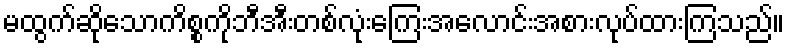
မထွက်ဆိုသောကိစ္စကိုဘီအီးတစ်လုံးကြေးအလောင်းအစားလုပ်ထားကြသည်။